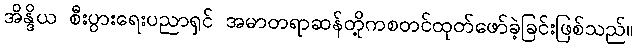
အိန္ဒိယ စီးပွားရေးပညာရှင် အမာတရာဆန်တို့ကစတင်ထုတ်ဖော်ခဲ့ခြင်းဖြစ်သည်။